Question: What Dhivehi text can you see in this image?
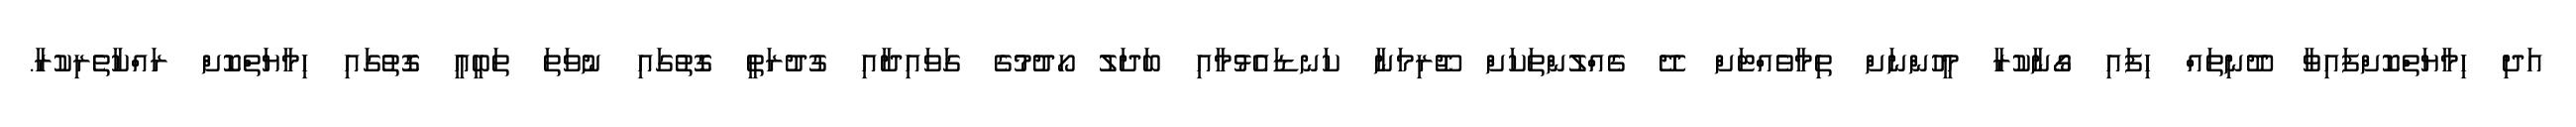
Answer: އަދި ހިމާޔަތްކޮށްފައިވާ ދޫނިތައް ހިފައި ގޯނާކުރާ މީހުންނަށް ތިމާވެއްޓަށް ދޭ ގެއްލުންތަކަށް ޖޫރިމަނާ ކަނޑައެޅުމާއި ބަދަލު ހޯދުމުގެ ގަވައިދާއި ގުދުރަތީ ގޮތުގައި ނުވަތަ ތަބީއީ ގޮތުގައި ހިމާޔަތްކޮށް ރައްކާތެރިކުރާ.